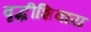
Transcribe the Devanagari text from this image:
वृद्धीशिवाय